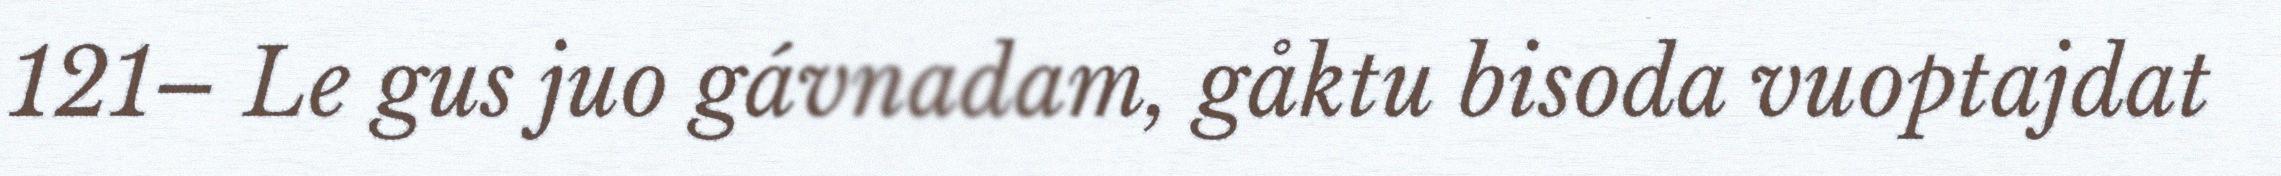
121– Le gus juo gávnadam, gåktu bisoda vuoptajdat